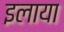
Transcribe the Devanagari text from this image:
इलाया